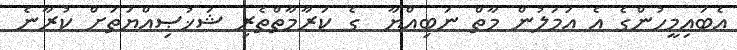
އެބައިމީހުންގެ އެ އަމަލުން މާތް ނަބިއްޔާ  ގެ ކަރާމާތްތެރި ޝަޚުޞިއްޔަތަށް ކުރާނެ